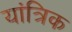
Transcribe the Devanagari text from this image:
यांत्रिक